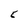
Character: 5